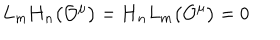
L _ { m } \mathbf { H } _ { n } \bigl ( { \cal O } ^ { \mu } \bigr ) = \mathbf { H } _ { n } L _ { m } \bigl ( { \cal O } ^ { \mu } \bigr ) = 0